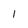
Character: l